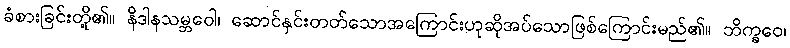
ခံစားခြင်းတို့၏။ နိဒါနသမ္ဘဝေါ၊ ဆောင်နှင်းတတ်သောအကြောင်းဟုဆိုအပ်သောဖြစ်ကြောင်းမည်၏။ ဘိက္ခဝေ၊